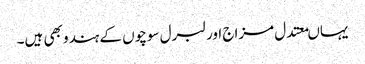
یہاںمعتدل مزاج اور لبرل سوچوں کے ہندو بھی ہیں۔